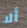
ألا